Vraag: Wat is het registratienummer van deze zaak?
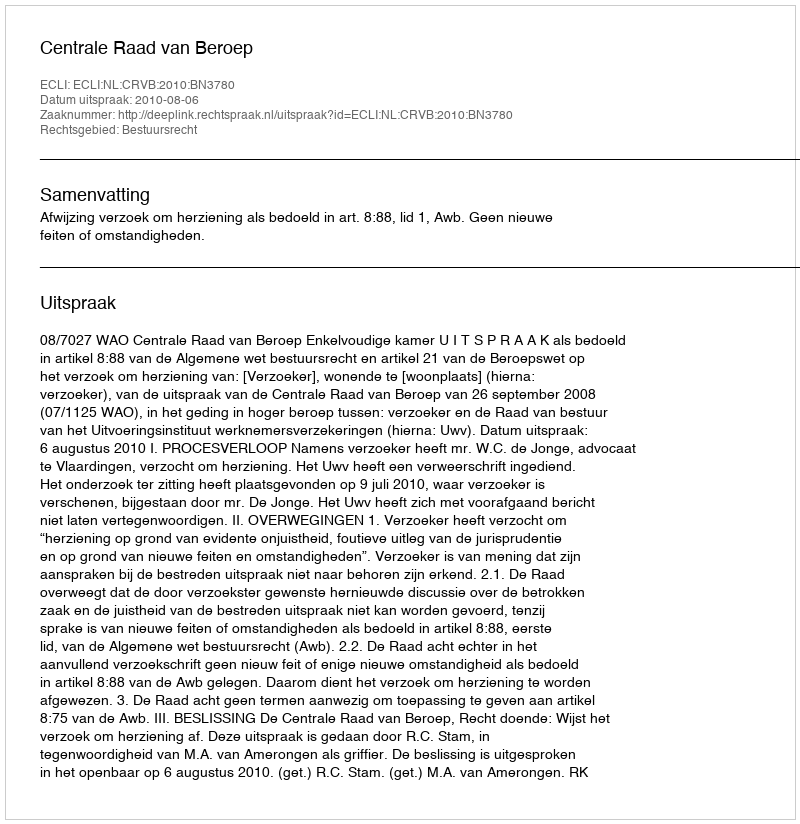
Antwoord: http://deeplink.rechtspraak.nl/uitspraak?id=ECLI:NL:CRVB:2010:BN3780